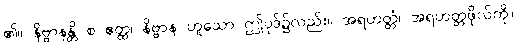
၏။ နိဗ္ဗာနန္တိ စ ဧတ္ထ၊ နိဗ္ဗာန ဟူသော ဤပုဒ်၌လည်း။ အရဟတ္တံ၊ အရဟတ္တဖိုလ်ကို။